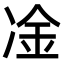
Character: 凎